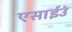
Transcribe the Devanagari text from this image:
एसाईउं